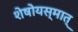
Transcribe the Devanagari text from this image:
शेषोयस्मात्